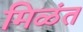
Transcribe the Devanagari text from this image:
मिळंत